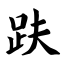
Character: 趺